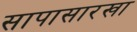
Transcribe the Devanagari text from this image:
सापासारखा